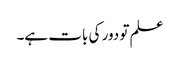
علم تو دور کی بات ہے۔